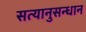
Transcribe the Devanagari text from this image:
सत्यानुसन्धान